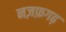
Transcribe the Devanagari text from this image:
नज़फ़गढ़